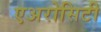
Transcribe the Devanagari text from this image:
एअरोसिटी